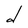
Character: d